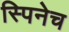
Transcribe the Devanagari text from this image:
स्पिनेच